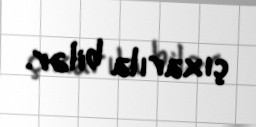
çıxarıla bilər.